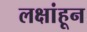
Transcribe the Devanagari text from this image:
लक्षांहून